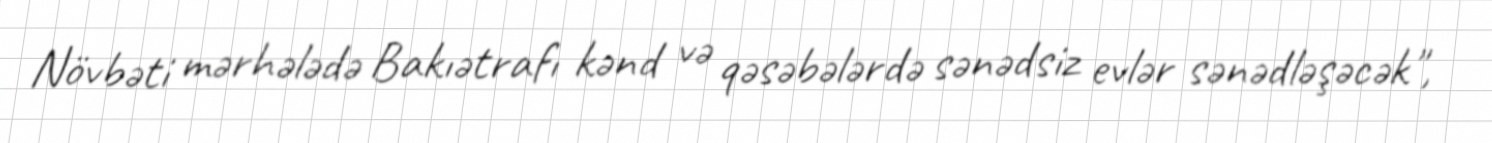
Növbəti mərhələdə Bakıətrafı kənd və qəsəbələrdə sənədsiz evlər sənədləşəcək",